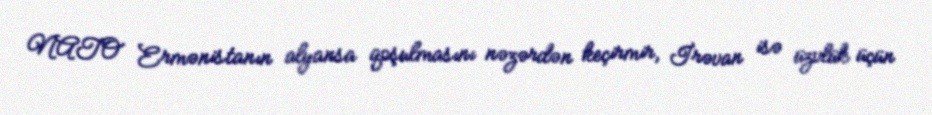
NATO Ermənistanın alyansa qoşulmasını nəzərdən keçirmir, İrəvan isə üzvlük üçün